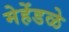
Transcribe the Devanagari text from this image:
मेहेंडळे